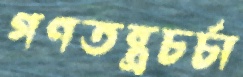
গণতন্ত্রচর্চা